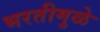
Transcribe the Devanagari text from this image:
भरतीमुळे